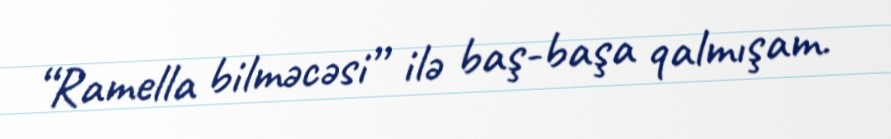
“Ramella bilməcəsi” ilə baş-başa qalmışam.